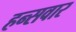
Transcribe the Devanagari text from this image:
हन्सवार